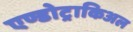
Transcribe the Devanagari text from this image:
एण्डोट्राकिअल